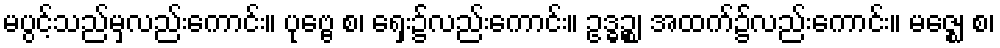
မပွင့်သည်မှလည်းကောင်း။ ပုဗ္ဗေ စ၊ ရှေး၌လည်းကောင်း။ ဥဒ္ဓဉ္စ၊ အထက်၌လည်းကောင်း။ မဇ္ဈေ စ၊